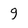
Character: g